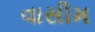
વાસીમ